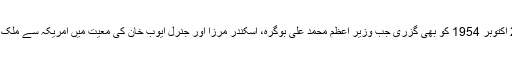
ایسی ہی ایک رات 24 اکتوبر 1954 کو بھی گزری جب وزیر اعظم محمد علی بوگرہ، اسکندر مرزا اور جنرل ایوب خان کی معیت میں امریکہ سے ملک واپس پہنچ رہے تھے۔